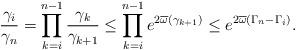
LaTeX: \begin{align*}\frac{\gamma_{i}}{\gamma_n}=\prod_{k=i}^{n-1}\frac{\gamma_k}{\gamma_{k+1}}\leq \prod_{k=i}^{n-1}e^{2\overline{\omega}(\gamma_{k+1})}\leq e^{2\overline{\omega}(\Gamma_n-\Gamma_i)}.\end{align*}